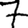
Digit: 7